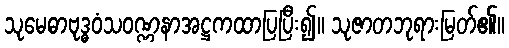
သုမေဓာဗုဒ္ဓဝံသဝဏ္ဏနာအဋ္ဌကထာပြပြီး၍။ သုဇာတဘုရားမြတ်၏။